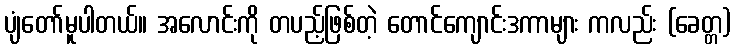
ပျံတော်မူပါတယ်။ အလောင်းကို တပည့်ဖြစ်တဲ့ တောင်ကျောင်းဒကာများ ကလည်း (ခေတ္တ)